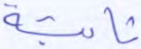
ثابتة